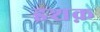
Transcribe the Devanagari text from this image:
इशक़